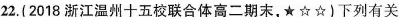
22.(2018浙江温州十五校联合体高二期末，★☆☆)下列有关